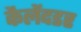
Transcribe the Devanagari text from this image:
कैलेंदडर